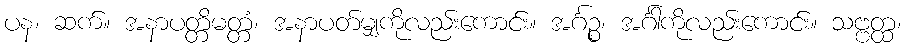
ပန၊ ဆက်။ အနာပတ္တိမတ္တံ၊ အနာပတ်မျှကိုလည်းကောင်း။ အင်္ဂဉ္စ၊ အင်္ဂါကိုလည်းကောင်း။ သဗ္ဗတ္ထ၊